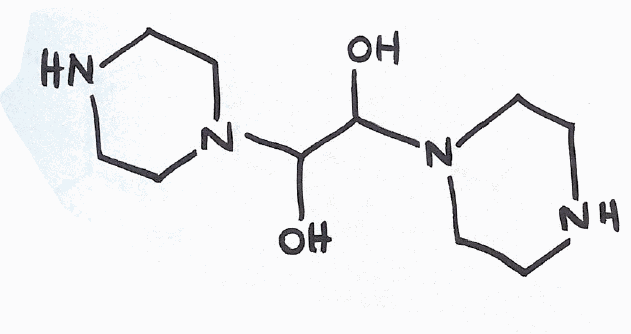
Simplified molecular-input line-entry system (SMILES) notation of the given molecule:
C1CN(CCN1)C(C(N2CCNCC2)O)O